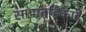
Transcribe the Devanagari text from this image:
सापातहिकाडे